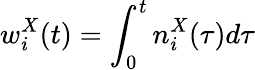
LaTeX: w_{i}^{X}(t)=\int_{0}^{t}n_{i}^{X}(\tau)d\tau